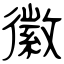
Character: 徽